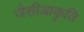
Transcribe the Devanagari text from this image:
जैसीआकृति